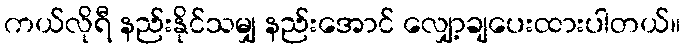
ကယ်လိုရီ နည်းနိုင်သမျှ နည်းအောင် လျှော့ချပေးထားပါတယ်။